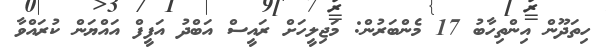
ހިތަދޫން އިންތިހާބު 17 މެންބަރުން: މަޖިލީހަށް ރައީސް އަބްދު އަފީފް އައްޔަން ކުރައްވާ